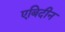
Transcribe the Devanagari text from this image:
एबिदीन